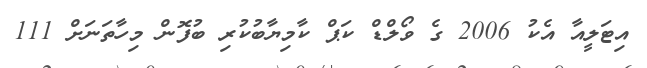
އިޓަލީއާ އެކު 2006 ގެ ވޯލްޑް ކަޕް ކާމިޔާބުކުރި ބުފޮން މިހާތަނަށް 111